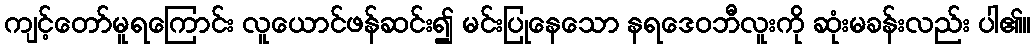
ကျင့်တော်မူရကြောင်း လူယောင်ဖန်ဆင်း၍ မင်းပြုနေသော နရဒေဝဘီလူးကို ဆုံးမခန်းလည်း ပါ၏။